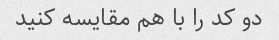
دو کد را با هم مقایسه کنید